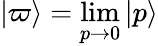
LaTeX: |\varpi\rangle=\operatorname*{lim}_{p\to 0}|p\rangle